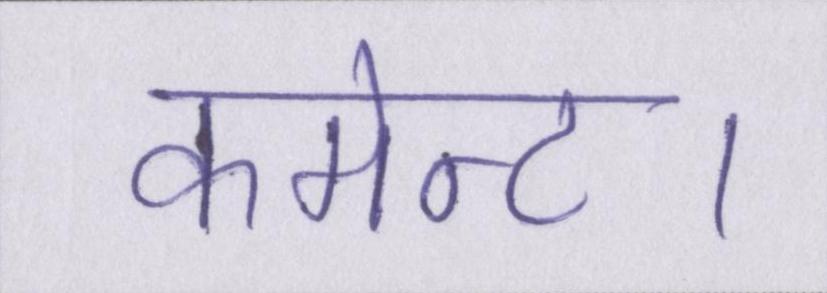
कमेन्ट।